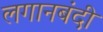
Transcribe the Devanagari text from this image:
लगानबंदी